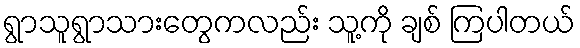
ရွာသူရွာသားတွေကလည်း သူ့ကို ချစ် ကြပါတယ်